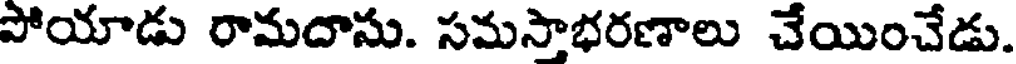
పోయాడు రామదాసు. సమసాభరణాలు చేయించేడు.